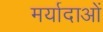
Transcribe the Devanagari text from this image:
मर्यादाआें